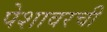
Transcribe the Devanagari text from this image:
पेशावरची